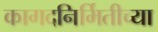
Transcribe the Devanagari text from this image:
कागदनिर्मितीच्या